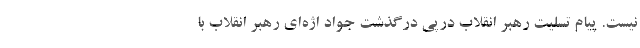
نیست. پیام تسلیت رهبر انقلاب درپی درگذشت جواد اژه‌ای رهبر انقلاب با